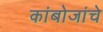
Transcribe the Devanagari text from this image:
कांबोजांचे